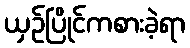
ယှဉ်ပြိုင်ကစားခဲ့ရာ